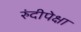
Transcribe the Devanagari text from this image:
रुंदीपेक्षा